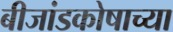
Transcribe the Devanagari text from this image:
बीजांडकोषाच्या